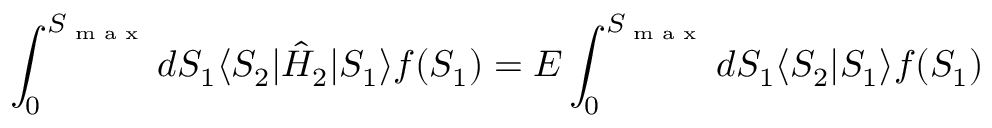
\int _ { 0 } ^ { S _ { \textrm { m a x } } } d S _ { 1 } \langle S _ { 2 } | \hat { H } _ { 2 } | S _ { 1 } \rangle f ( S _ { 1 } ) = E \int _ { 0 } ^ { S _ { \textrm { m a x } } } d S _ { 1 } \langle S _ { 2 } | S _ { 1 } \rangle f ( S _ { 1 } )